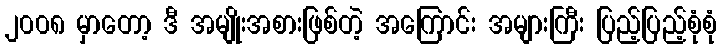
၂၀၀၈ မှာတော့ ဒီ အမျိုးအစားဖြစ်တဲ့ အကြောင်း အများကြီး ပြည့်ပြည့်စုံစုံ